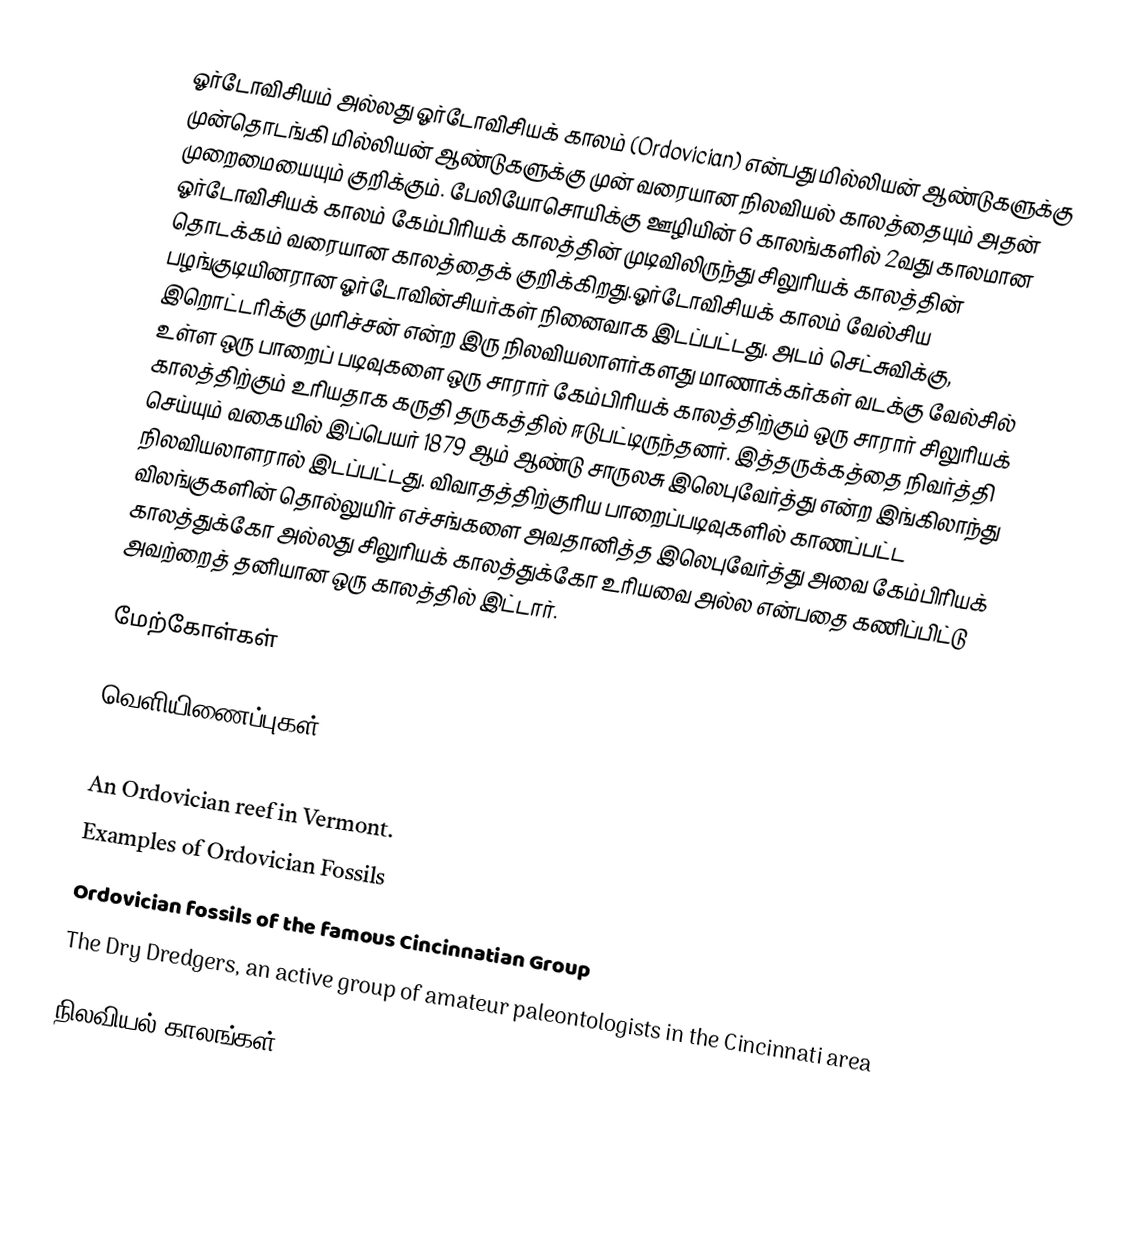
ஓர்டோவிசியம் அல்லது ஓர்டோவிசியக் காலம் (Ordovician) என்பது  மில்லியன் ஆண்டுகளுக்கு முன்தொடங்கி  மில்லியன் ஆண்டுகளுக்கு முன் வரையான நிலவியல் காலத்தையும் அதன் முறைமையையும் குறிக்கும். பேலியோசொயிக்கு ஊழியின் 6 காலங்களில் 2வது காலமான ஓர்டோவிசியக் காலம் கேம்பிரியக் காலத்தின் முடிவிலிருந்து சிலுரியக் காலத்தின் தொடக்கம் வரையான காலத்தைக் குறிக்கிறது.ஓர்டோவிசியக் காலம் வேல்சிய பழங்குடியினரான ஓர்டோவின்சியர்கள் நினைவாக இடப்பட்டது. அடம் செட்சுவிக்கு, இறொட்டரிக்கு முரிச்சன் என்ற இரு நிலவியலாளர்களது மாணாக்கர்கள் வடக்கு வேல்சில் உள்ள ஒரு பாறைப் படிவுகளை ஒரு சாரார் கேம்பிரியக் காலத்திற்கும் ஒரு சாரார் சிலுரியக் காலத்திற்கும் உரியதாக கருதி தருகத்தில் ஈடுபட்டிருந்தனர். இத்தருக்கத்தை நிவர்த்தி செய்யும் வகையில் இப்பெயர் 1879 ஆம் ஆண்டு சாருலசு இலெபுவேர்த்து என்ற இங்கிலாந்து நிலவியலாளரால் இடப்பட்டது. விவாதத்திற்குரிய பாறைப்படிவுகளில் காணப்பட்ட விலங்குகளின் தொல்லுயிர் எச்சங்களை அவதானித்த இலெபுவேர்த்து அவை கேம்பிரியக் காலத்துக்கோ அல்லது சிலுரியக் காலத்துக்கோ உரியவை அல்ல என்பதை கணிப்பிட்டு அவற்றைத் தனியான ஒரு காலத்தில் இட்டார்.

மேற்கோள்கள்

வெளியிணைப்புகள்

  An Ordovician reef in Vermont.
 Examples of Ordovician Fossils
 Ordovician fossils of the famous Cincinnatian Group
 The Dry Dredgers, an active group of amateur paleontologists in the Cincinnati area

நிலவியல் காலங்கள்